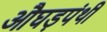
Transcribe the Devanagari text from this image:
औघड़पंथी